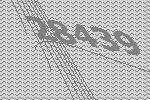
28439